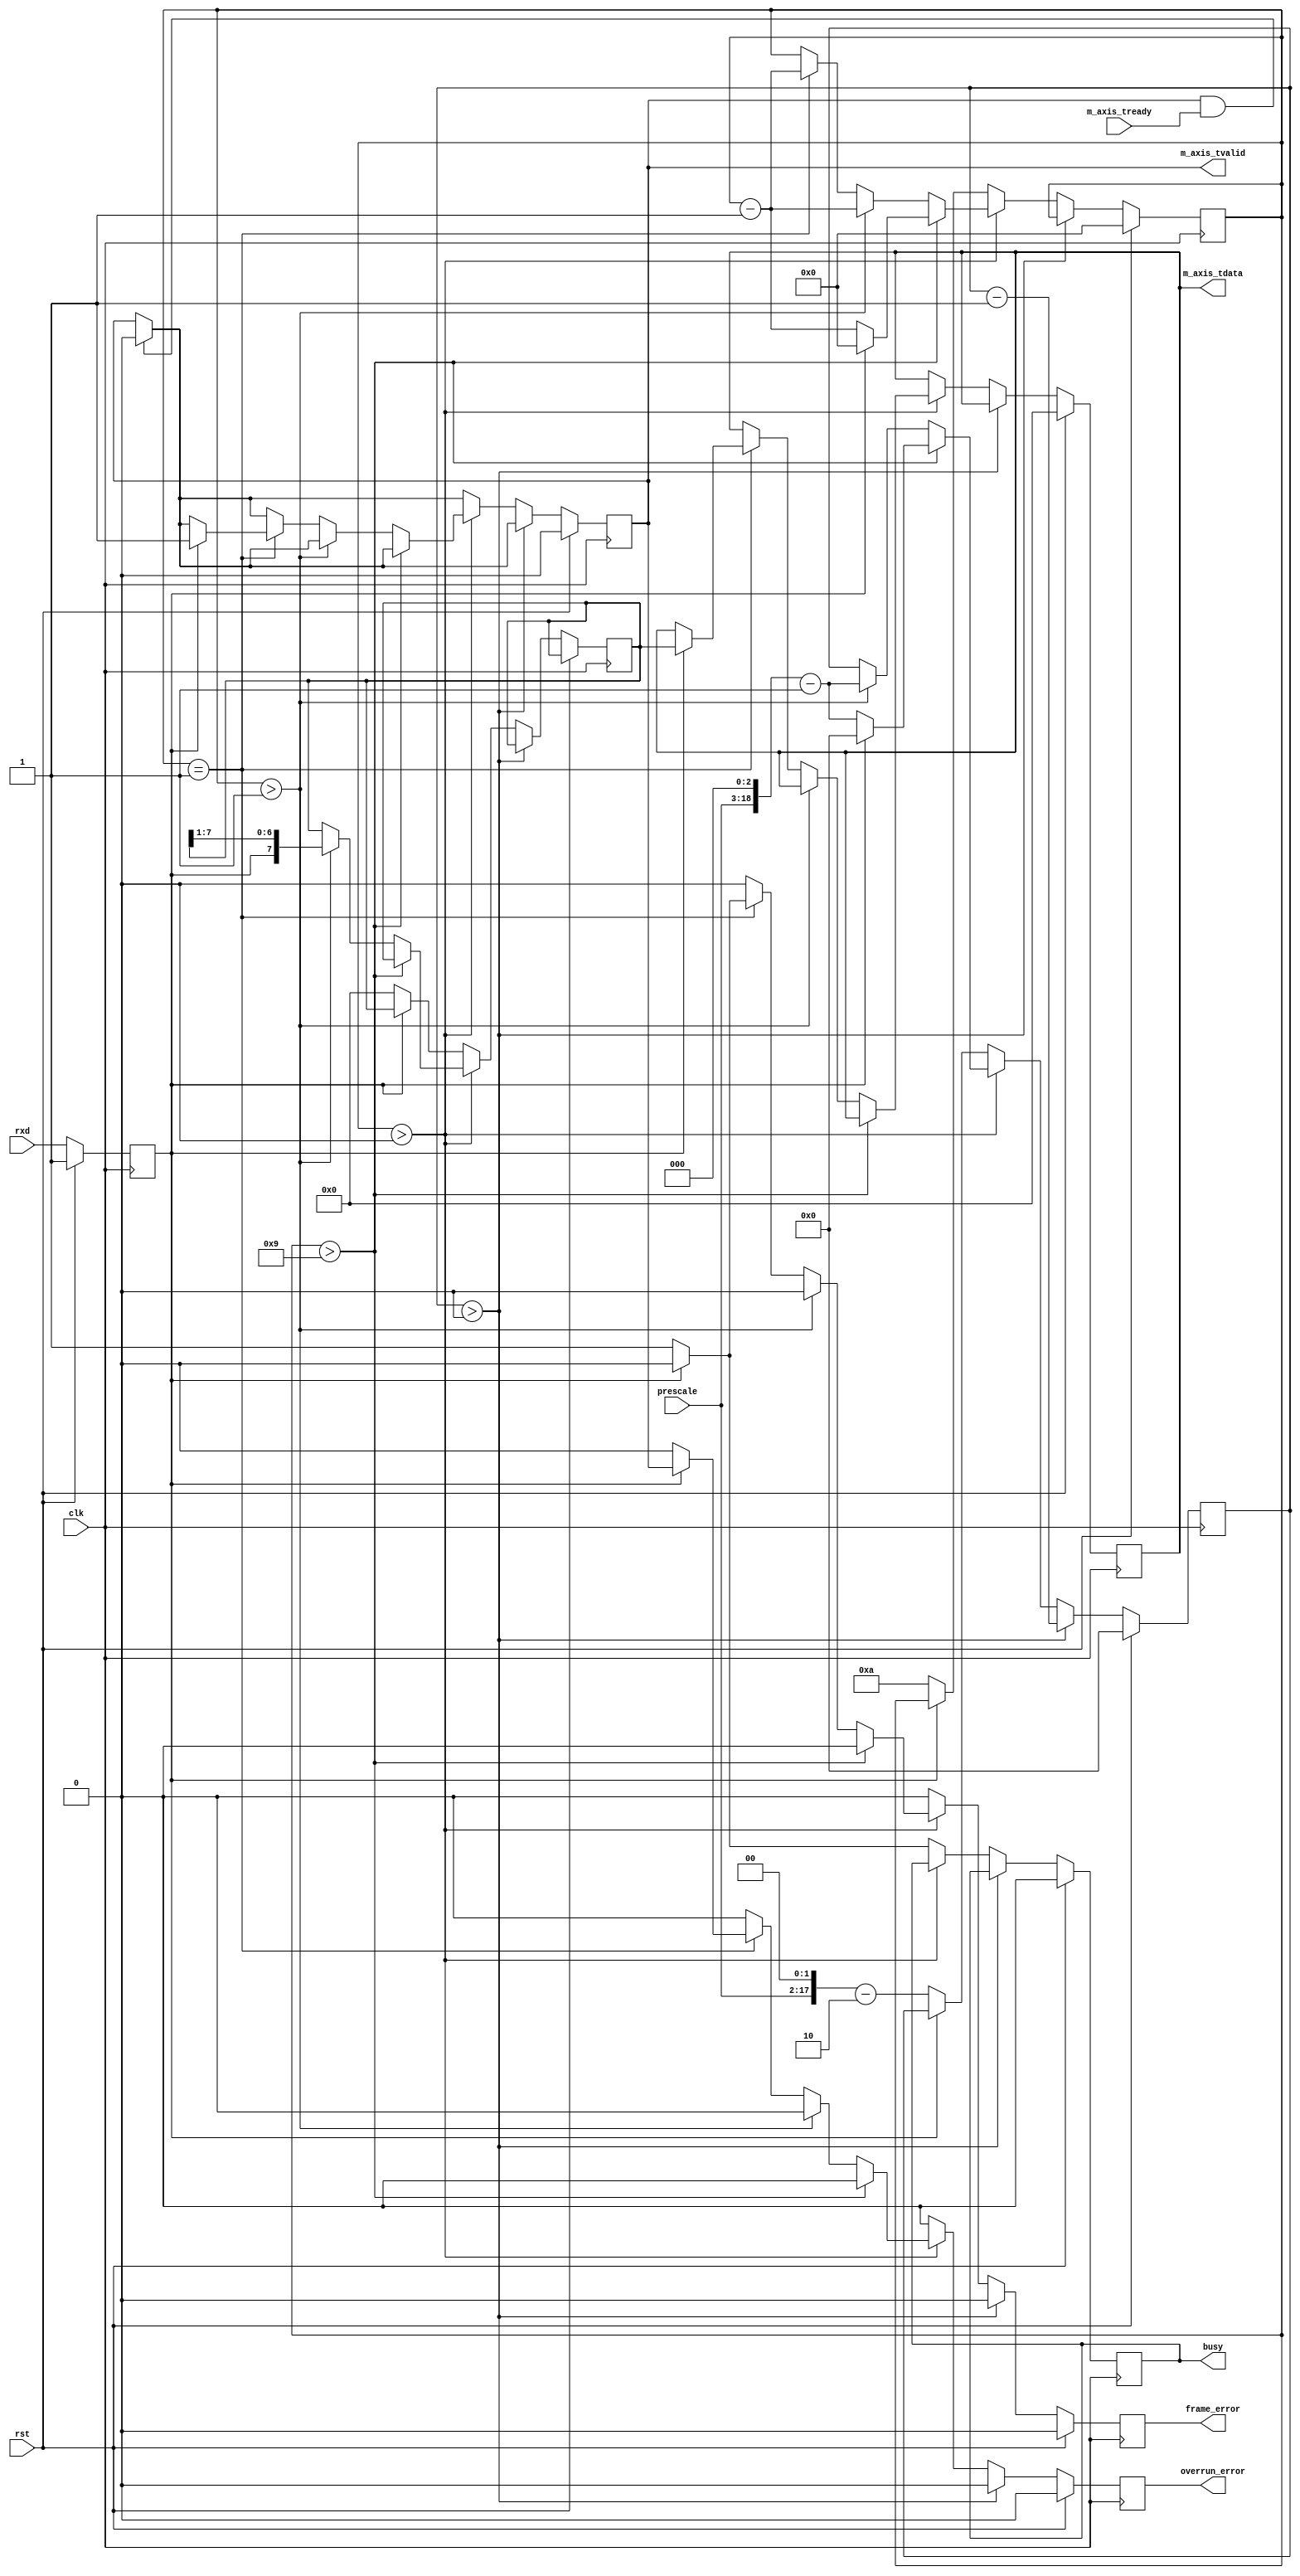
module uart_rx #
(
    parameter DATA_WIDTH = 8
)
(
    input  wire                   clk,
    input  wire                   rst,

    /*
     * AXI output
     */
    output wire [DATA_WIDTH-1:0]  m_axis_tdata,
    output wire                   m_axis_tvalid,
    input  wire                   m_axis_tready,

    /*
     * UART interface
     */
    input  wire                   rxd,

    /*
     * Status
     */
    output wire                   busy,
    output wire                   overrun_error,
    output wire                   frame_error,

    /*
     * Configuration
     */
    input  wire [15:0]            prescale

);

reg [DATA_WIDTH-1:0] m_axis_tdata_reg = 0;
reg m_axis_tvalid_reg = 0;

reg rxd_reg = 1;

reg busy_reg = 0;
reg overrun_error_reg = 0;
reg frame_error_reg = 0;

reg [DATA_WIDTH-1:0] data_reg = 0;
reg [18:0] prescale_reg = 0;
reg [3:0] bit_cnt = 0;

assign m_axis_tdata = m_axis_tdata_reg;
assign m_axis_tvalid = m_axis_tvalid_reg;

assign busy = busy_reg;
assign overrun_error = overrun_error_reg;
assign frame_error = frame_error_reg;

always @(posedge clk) begin
    if (rst) begin
        m_axis_tdata_reg <= 0;
        m_axis_tvalid_reg <= 0;
        rxd_reg <= 1;
        prescale_reg <= 0;
        bit_cnt <= 0;
        busy_reg <= 0;
        overrun_error_reg <= 0;
        frame_error_reg <= 0;
    end else begin
        rxd_reg <= rxd;
        overrun_error_reg <= 0;
        frame_error_reg <= 0;

        if (m_axis_tvalid && m_axis_tready) begin
            m_axis_tvalid_reg <= 0;
        end

        if (prescale_reg > 0) begin
            prescale_reg <= prescale_reg - 1;
        end else if (bit_cnt > 0) begin
            if (bit_cnt > DATA_WIDTH+1) begin
                if (!rxd_reg) begin
                    bit_cnt <= bit_cnt - 1;
                    prescale_reg <= (prescale << 3)-1;
                end else begin
                    bit_cnt <= 0;
                    prescale_reg <= 0;
                end
            end else if (bit_cnt > 1) begin
                bit_cnt <= bit_cnt - 1;
                prescale_reg <= (prescale << 3)-1;
                data_reg <= {rxd_reg, data_reg[DATA_WIDTH-1:1]};
            end else if (bit_cnt == 1) begin
                bit_cnt <= bit_cnt - 1;
                if (rxd_reg) begin
                    m_axis_tdata_reg <= data_reg;
                    m_axis_tvalid_reg <= 1;
                    overrun_error_reg <= m_axis_tvalid_reg;
                end else begin
                    frame_error_reg <= 1;
                end
            end
        end else begin
            busy_reg <= 0;
            if (!rxd_reg) begin
                prescale_reg <= (prescale << 2)-2;
                bit_cnt <= DATA_WIDTH+2;
                data_reg <= 0;
                busy_reg <= 1;
            end
        end
    end
end

endmodule